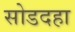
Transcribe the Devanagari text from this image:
सोडदहा